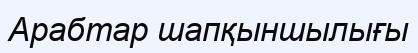
Арабтар шапқыншылығы